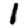
Digit: 1